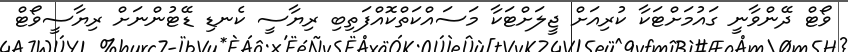
ވޯޓް ދޭންވާނީ ގައުމަށްޓަކާ ކުރިއަށް ޖީލަށްޓަކާ މަސައްކަތްކޮއްފަތިބި ރިޔާސީ ކެނޑި ޑޭޓުންނަށް ރިޔާސީވޯޓް